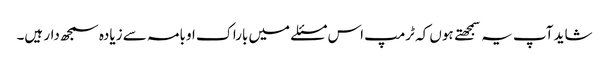
شاید آپ یہ سمجهتے ہوں کہ ٹرمپ اس مسئلے میں باراک اوبامہ سے زیادہ سمجھ دار ہیں۔